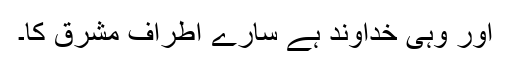
اور وہی خداوند ہے سارے اطراف مشرق کا۔